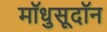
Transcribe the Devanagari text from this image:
मॉधुसूदॉन